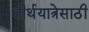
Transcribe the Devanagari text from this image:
तीर्थयात्रेसाठी